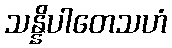
သန္နိပါတေသဟံ